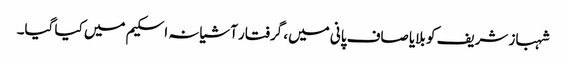
شہباز شریف کو بلایا صاف پانی میں، گرفتار آشیانہ اسکیم میں کیا گیا۔